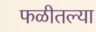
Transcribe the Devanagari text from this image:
फळीतल्या